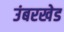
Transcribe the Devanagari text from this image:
उंबरखेड